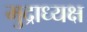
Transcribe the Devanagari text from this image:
मुद्राध्यक्ष